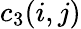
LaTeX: c_{3}(i,j)